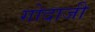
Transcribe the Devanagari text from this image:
गोदाजी